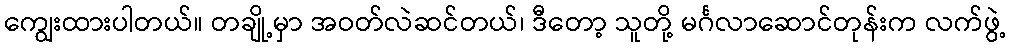
ကျွေးထားပါတယ်။ တချို့မှာ အဝတ်လဲဆင်တယ်၊ ဒီတော့ သူတို့ မင်္ဂလာဆောင်တုန်းက လက်ဖွဲ့